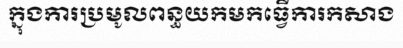
ក្នុងការប្រមូលពន្ធយកមកធ្វើការកសាង